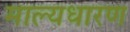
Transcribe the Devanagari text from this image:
माल्यधारण